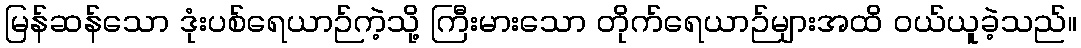
မြန်ဆန်သော ဒုံးပစ်ရေယာဉ်ကဲ့သို့ ကြီးမားသော တိုက်ရေယာဉ်များအထိ ဝယ်ယူခဲ့သည်။